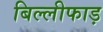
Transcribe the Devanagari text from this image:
बिल्लीफाड़